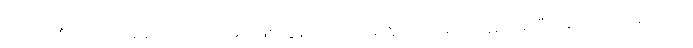
ကောက်စိုက်သောအခါ အပင် ငယ်များဖြစ်ထွန်းအောင် အထူး ကြပ်မတ် ဂရုစိုက်ရပြီး ရေကို လိုသလောက်